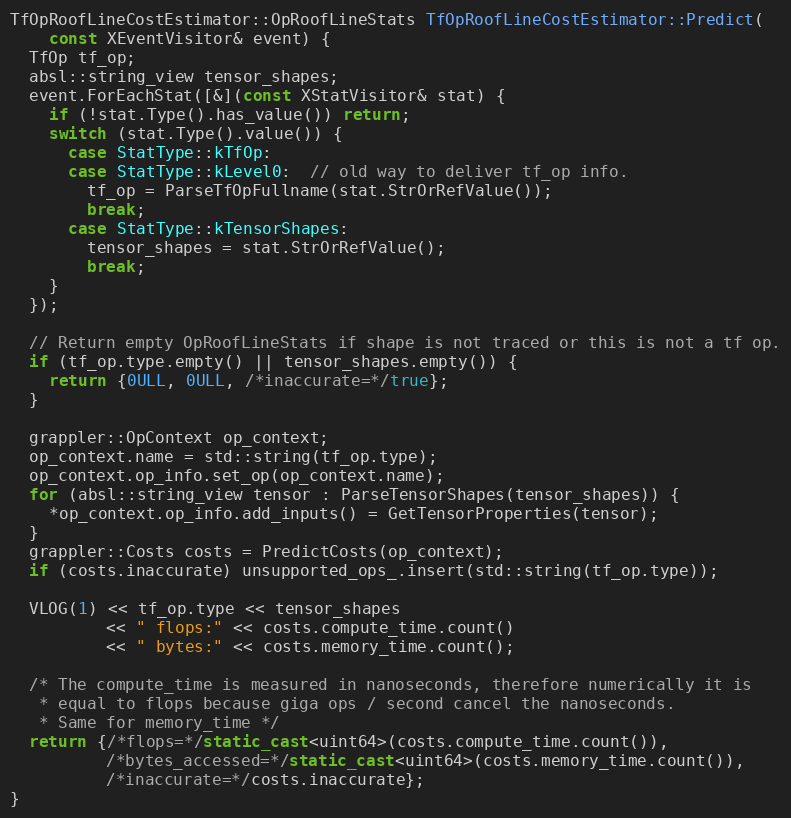
Language: C++
TfOpRoofLineCostEstimator::OpRoofLineStats TfOpRoofLineCostEstimator::Predict(
    const XEventVisitor& event) {
  TfOp tf_op;
  absl::string_view tensor_shapes;
  event.ForEachStat([&](const XStatVisitor& stat) {
    if (!stat.Type().has_value()) return;
    switch (stat.Type().value()) {
      case StatType::kTfOp:
      case StatType::kLevel0:  // old way to deliver tf_op info.
        tf_op = ParseTfOpFullname(stat.StrOrRefValue());
        break;
      case StatType::kTensorShapes:
        tensor_shapes = stat.StrOrRefValue();
        break;
    }
  });

  // Return empty OpRoofLineStats if shape is not traced or this is not a tf op.
  if (tf_op.type.empty() || tensor_shapes.empty()) {
    return {0ULL, 0ULL, /*inaccurate=*/true};
  }

  grappler::OpContext op_context;
  op_context.name = std::string(tf_op.type);
  op_context.op_info.set_op(op_context.name);
  for (absl::string_view tensor : ParseTensorShapes(tensor_shapes)) {
    *op_context.op_info.add_inputs() = GetTensorProperties(tensor);
  }
  grappler::Costs costs = PredictCosts(op_context);
  if (costs.inaccurate) unsupported_ops_.insert(std::string(tf_op.type));

  VLOG(1) << tf_op.type << tensor_shapes
          << " flops:" << costs.compute_time.count()
          << " bytes:" << costs.memory_time.count();

  /* The compute_time is measured in nanoseconds, therefore numerically it is
   * equal to flops because giga ops / second cancel the nanoseconds.
   * Same for memory_time */
  return {/*flops=*/static_cast<uint64>(costs.compute_time.count()),
          /*bytes_accessed=*/static_cast<uint64>(costs.memory_time.count()),
          /*inaccurate=*/costs.inaccurate};
}